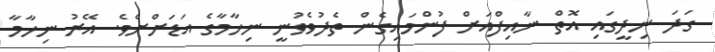
ގަދަ ނިދީގައި އޮތް ނާއިފްއަށް ފުންމައިގެން ތެދުވެވުނީ ނިހާމާގެ އަޑަށްށެވެ. އޭރު ނިހާމާ